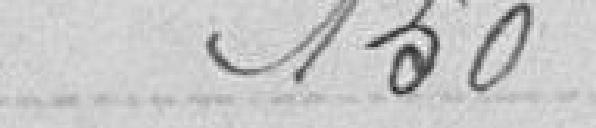
150